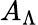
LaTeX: A_{\Lambda}